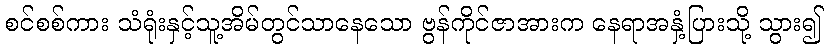
စင်စစ်ကား သံရုံးနှင့်သူ့အိမ်တွင်သာနေသော ဗွန်ကိုင်ဇာအားက နေရာအနှံ့ပြားသို့ သွား၍